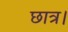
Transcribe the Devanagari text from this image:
छात्र।